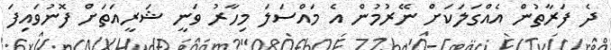
ދެ ފަރާތުން އެއްގަލަކަށް ނޭރުމުން އެ މައްސަލަ މިހާރު ވަނީ ޝަރީއަތަށް ފޮނުވައިފަ